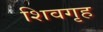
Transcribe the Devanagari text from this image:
शिवगृह